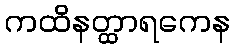
ကထိနတ္ထာရကေန